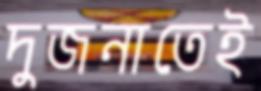
দুজনাতেই